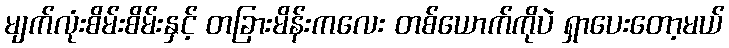
မျက်လုံးစိမ်းစိမ်းနှင့် တခြားမိန်းကလေး တစ်ယောက်ကိုပဲ ရှာပေးတော့မယ်